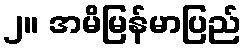
၂။ အမိမြန်မာပြည်